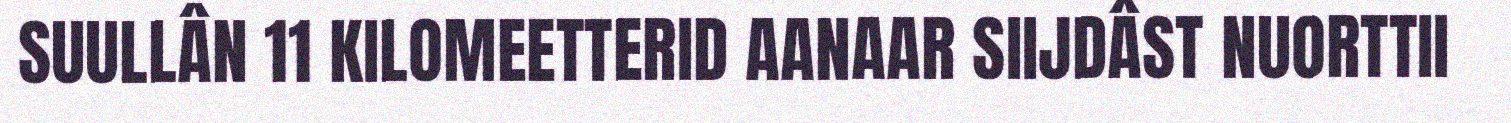
SUULLÂN 11 KILOMEETTERID AANAAR SIIJDÂST NUORTTII